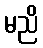
မညိ